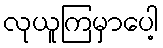
လုယူကြမှာပေါ့